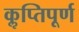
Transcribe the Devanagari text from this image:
कॢप्तिपूर्ण